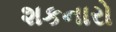
શકનારો